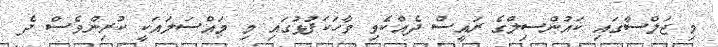
މި ޖަލްސާގައި ކައުންސިލްގެ ރައީސް ދެއްކެވި ވާހަކަފުޅުގައި މި މައްސަލައަކީ ކުރިންވެސް ދެ